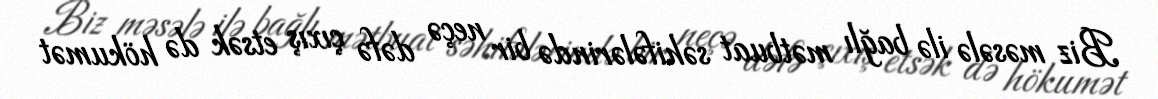
Biz məsələ ilə bağlı mətbuat səhifələrində bir neçə dəfə çıxış etsək də hökumət